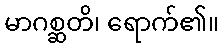
မာဂစ္ဆတိ၊ ရောက်၏။